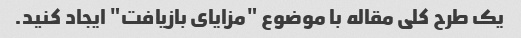
یک طرح کلی مقاله با موضوع "مزایای بازیافت" ایجاد کنید.